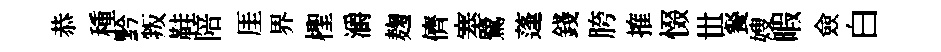
恭種黔叛鞋陪厓界檉灂麹儕塞鷺蓬錢胯搉惙𠀍餐嫂暇僉白